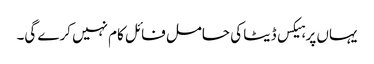
یہاں پر ہیکس ڈیٹا کی حامل فائل کام نہیں کرے گی۔